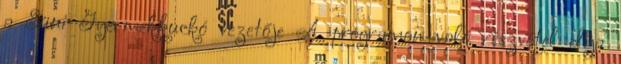
a Süni Gyermekkuckó vezetője A programon való részvétel díja